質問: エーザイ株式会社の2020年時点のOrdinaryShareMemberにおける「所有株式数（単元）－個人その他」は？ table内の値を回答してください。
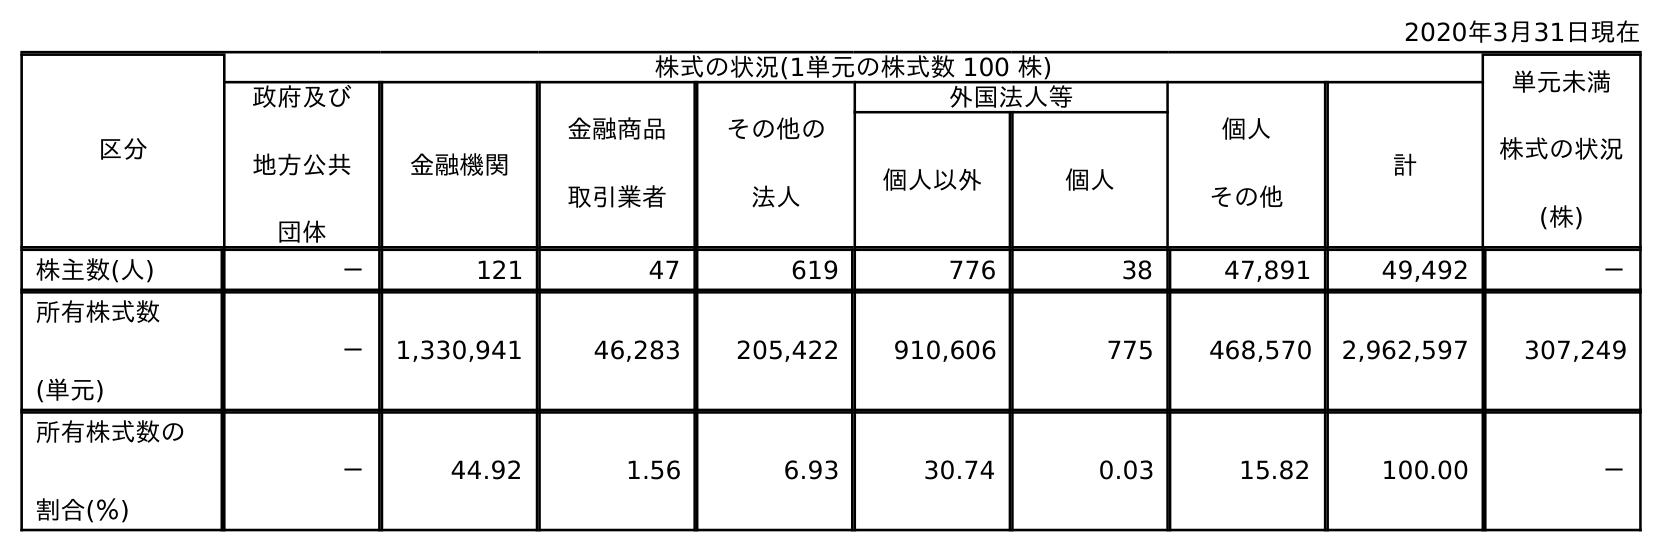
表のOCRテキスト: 2020年3月31日現在 区分 株式の状況(1単元の株式数 100 株) 単元未満 株式の状況 (株) 政府及び 地方公共 団体 金融機関 金融商品 取引業者 その他の 法人 外国法人等 個人 その他 計 個人以外 個人 株主数(人) － 121 47 619 776 38 47,891 49,492 － 所有株式数 (単元) － 1,330,941 46,283 205,422 910,606 775 468,570 2,962,597 307,249 所有株式数の 割合(％) － 44.92 1.56 6.93 30.74 0.03 15.82 100.00 －
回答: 468,570